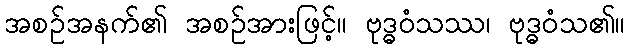
အစဉ်အနက်၏ အစဉ်အားဖြင့်။ ဗုဒ္ဓဝံသဿ၊ ဗုဒ္ဓဝံသ၏။